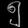
Digit: ၅